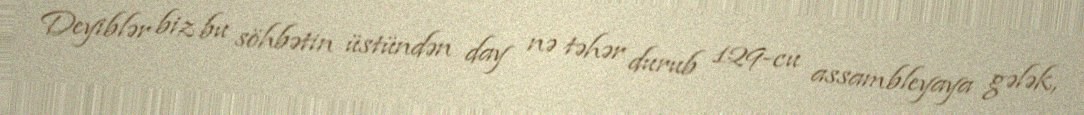
Deyiblər biz bu söhbətin üstündən day nə təhər durub 129-cu assambleyaya gələk,